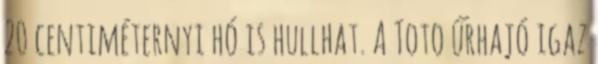
20 centiméternyi hó is hullhat. A Toto űrhajó igaz